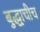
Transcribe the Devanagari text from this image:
बुद्धाचीच